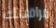
مراقبتك